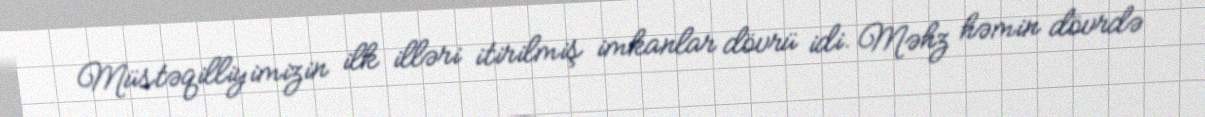
Müstəqilliyimizin ilk illəri itirilmiş imkanlar dövrü idi. Məhz həmin dövrdə